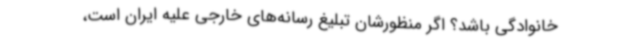
خانوادگی باشد؟ اگر منظورشان تبلیغ رسانه‌های خارجی علیه ایران است،